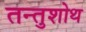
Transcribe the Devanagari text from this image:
तन्तुशोथ